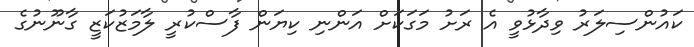
ކައުންސިލަރު ވިދާޅުވީ އެ ރަށު މަގަކަށް އަންނި ކިޔަން ފާސްކުރީ ލާމަޒުކަޒީ ގާނޫނުގެ